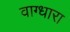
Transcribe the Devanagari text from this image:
वाग्धारा